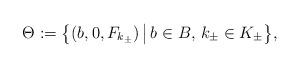
\begin{align*} \Theta :=\big\{(b,0,F_{k_\pm}) \, \big| \, b \in B,\,k_{\pm}\in K_{\pm}\big\}, \end{align*}